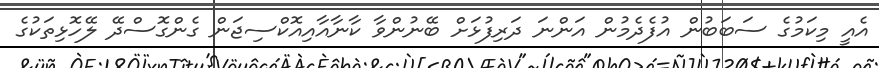
އެއީ މިކަމުގެ ސަބަބުން އުފެދެމުން އަންނަ ދަރިފުޅަށް ބޭނުންވާ ކާނާއާއިއޮކްސިޖަން ގެންގޮސްދޭ ލޭހޮޅިތަކުގެ